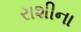
રાશીના